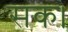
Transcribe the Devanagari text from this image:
सक।